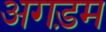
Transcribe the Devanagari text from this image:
अगड़म